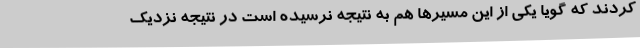
‌کردند که گویا یکی از این مسیرها هم به نتیجه نرسیده است در نتیجه نزدیک